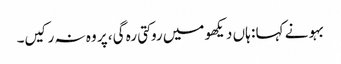
بہو نے کہا : ہاں دیکھو میں روکتی رہ گی، پر وہ نہ رکیں۔